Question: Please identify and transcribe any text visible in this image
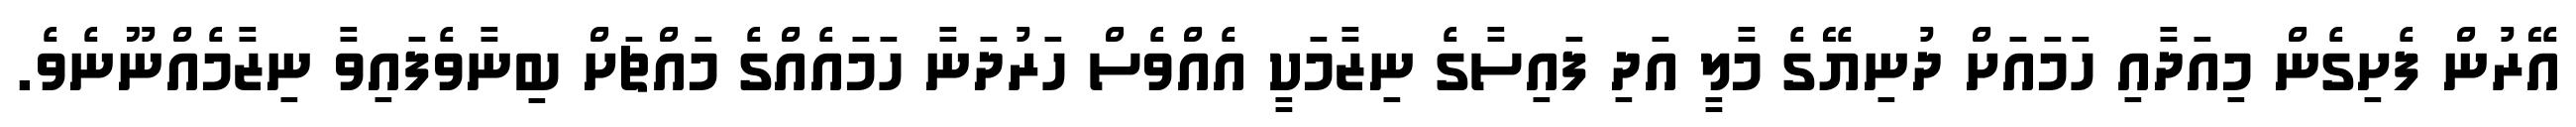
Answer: އޭރުން ފެށިގެން މިއަދާއި ހަމައަށް ދުނިޔޭގެ މާލީ އަދި ފައިސާގެ ނިޒާމަކީ އެއްވެސް ހަރުދަނާ ހަމައެއްގެ މައްޗަށް ބިނާވެފައިވާ ނިޒާމެއްނޫނެވެ.